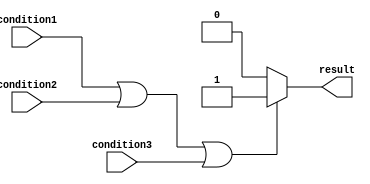
module if_else_statement (
    input wire condition1,
    input wire condition2,
    input wire condition3,
    output reg result
);

always @(*) begin
    if (condition1 || condition2 || condition3) begin
        result <= 1'b1;  // execute block of code if any of the conditions are true
    end
    else begin
        result <= 1'b0;  // execute block of code if none of the conditions are true
    end
end

endmodule